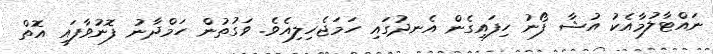
ނައްޓާލުމާއެކު އުޝާ ފޯނު ހިފައިގެން އެނދުގައި ހަމަޖެހިލިއެވެ. ވަގުތުން ހަމްދާނު ފޮނުވާފައި އޮތް